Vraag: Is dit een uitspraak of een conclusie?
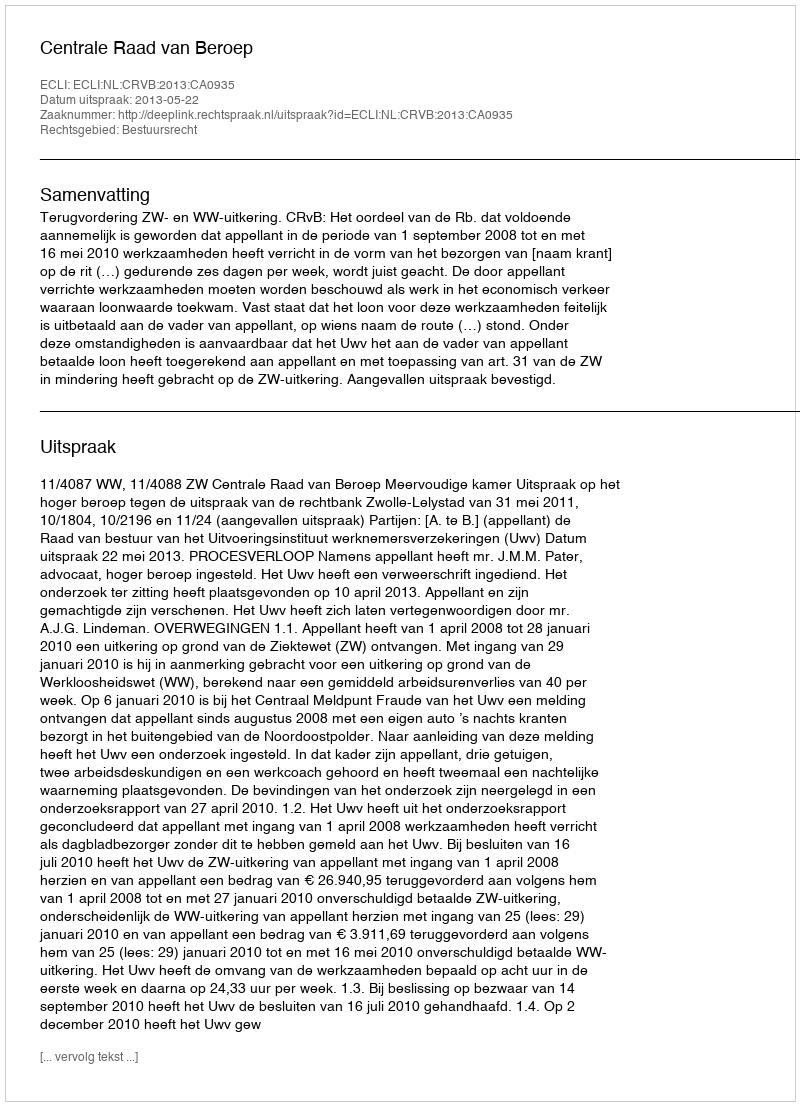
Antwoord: Uitspraak